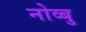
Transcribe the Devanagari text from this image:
नोव्बु